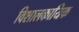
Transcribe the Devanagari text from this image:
विशालकायिक